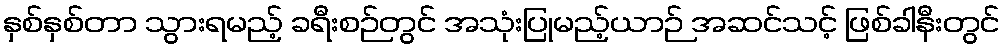
နှစ်နှစ်တာ သွားရမည့် ခရီးစဉ်တွင် အသုံးပြုမည့်ယာဉ် အဆင်သင့် ဖြစ်ခါနီးတွင်